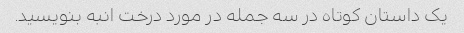
یک داستان کوتاه در سه جمله در مورد درخت انبه بنویسید.